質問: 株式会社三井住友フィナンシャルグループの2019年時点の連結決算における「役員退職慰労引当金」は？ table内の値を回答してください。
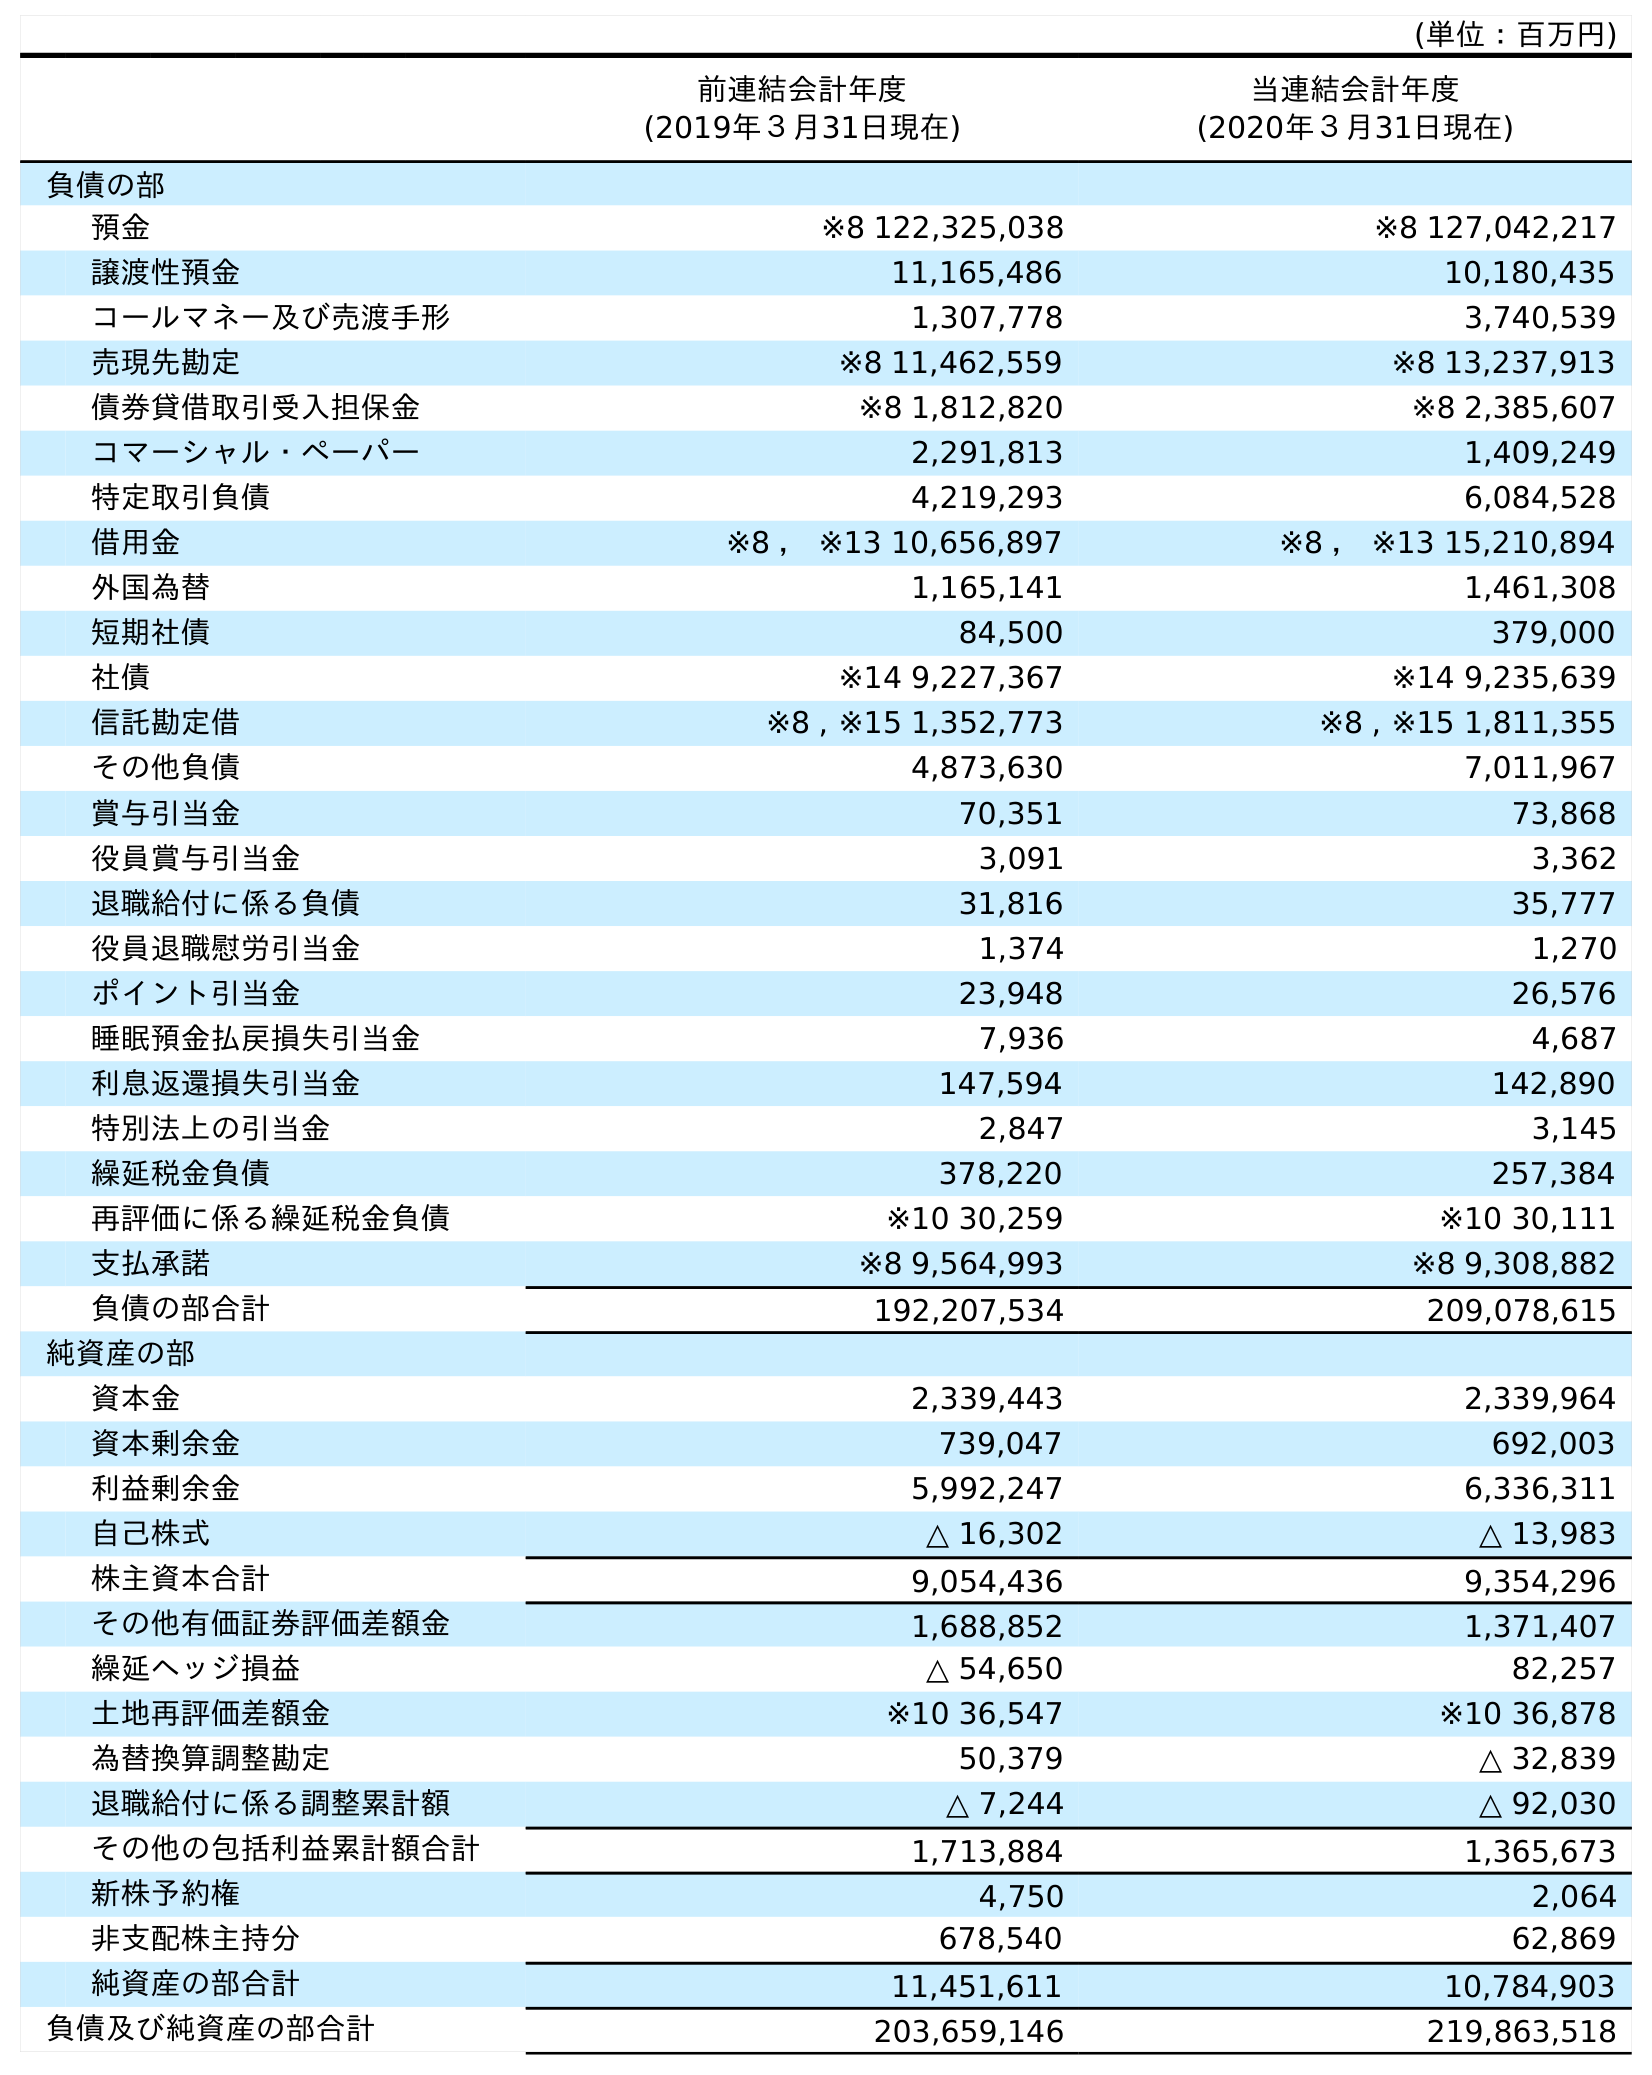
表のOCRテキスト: (単位：百万円) 前連結会計年度 (2019年３月31日現在) 当連結会計年度 (2020年３月31日現在) 負債の部 預金 ※8 122,325,038 ※8 127,042,217 譲渡性預金 11,165,486 10,180,435 コールマネー及び売渡手形 1,307,778 3,740,539 売現先勘定 ※8 11,462,559 ※8 13,237,913 債券貸借取引受入担保金 ※8 1,812,820 ※8 2,385,607 コマーシャル・ペーパー 2,291,813 1,409,249 特定取引負債 4,219,293 6,084,528 借用金 ※8 ， ※13 10,656,897 ※8 ， ※13 15,210,894 外国為替 1,165,141 1,461,308 短期社債 84,500 379,000 社債 ※14 9,227,367 ※14 9,235,639 信託勘定借 ※8 , ※15 1,352,773 ※8 , ※15 1,811,355 その他負債 4,873,630 7,011,967 賞与引当金 70,351 73,868 役員賞与引当金 3,091 3,362 退職給付に係る負債 31,816 35,777 役員退職慰労引当金 1,374 1,270 ポイント引当金 23,948 26,576 睡眠預金払戻損失引当金 7,936 4,687 利息返還損失引当金 147,594 142,890 特別法上の引当金 2,847 3,145 繰延税金負債 378,220 257,384 再評価に係る繰延税金負債 ※10 30,259 ※10 30,111 支払承諾 ※8 9,564,993 ※8 9,308,882 負債の部合計 192,207,534 209,078,615 純資産の部 資本金 2,339,443 2,339,964 資本剰余金 739,047 692,003 利益剰余金 5,992,247 6,336,311 自己株式 △ 16,302 △ 13,983 株主資本合計 9,054,436 9,354,296 その他有価証券評価差額金 1,688,852 1,371,407 繰延ヘッジ損益 △ 54,650 82,257 土地再評価差額金 ※10 36,547 ※10 36,878 為替換算調整勘定 50,379 △ 32,839 退職給付に係る調整累計額 △ 7,244 △ 92,030 その他の包括利益累計額合計 1,713,884 1,365,673 新株予約権 4,750 2,064 非支配株主持分 678,540 62,869 純資産の部合計 11,451,611 10,784,903 負債及び純資産の部合計 203,659,146 219,863,518
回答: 1,374